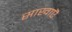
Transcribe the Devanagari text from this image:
साखाऎ